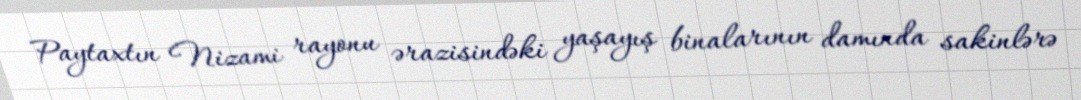
Paytaxtın Nizami rayonu ərazisindəki yaşayış binalarının damında sakinlərə